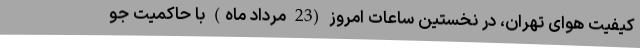
کیفیت هوای تهران، در نخستین ساعات امروز (23 مرداد ماه) با حاکمیت جو